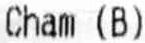
CHAM (B)